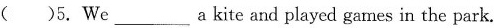
( )5. We___a kite and played games in the park. A.fly B.flew C.flying